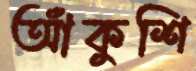
আঁকুশি